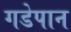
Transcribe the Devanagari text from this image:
गडेपान